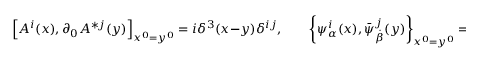
\left[ A ^ { i } ( x ) , \partial _ { 0 } A ^ { * j } ( y ) \right] _ { x ^ { 0 } = y ^ { 0 } } = i \delta ^ { 3 } ( x - y ) \delta ^ { i j } , \qquad \left\{ \psi _ { \alpha } ^ { i } ( x ) , \bar { \psi } _ { \dot { \beta } } ^ { j } ( y ) \right\} _ { x ^ { 0 } = y ^ { 0 } } = - \delta ^ { 3 } ( x - y ) \delta ^ { i j } \sigma _ { \alpha \dot { \beta } } ^ { 0 } .